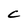
Character: C